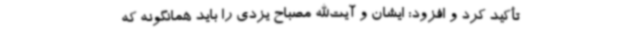
تأکید کرد و افزود: ایشان و آیت‌الله مصباح یزدی را باید همانگونه که